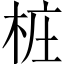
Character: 桩